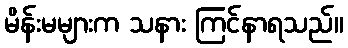
မိန်းမများက သနား ကြင်နာရသည်။